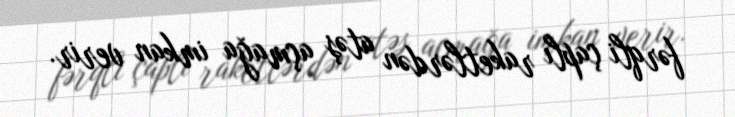
fərqli çaplı raketlərdən atəş açmağa imkan verir.